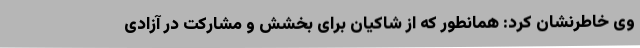
وی خاطرنشان کرد: همانطور که از شاکیان برای بخشش و مشارکت در آزادی